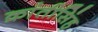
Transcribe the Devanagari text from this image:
क्रांतीसिंह